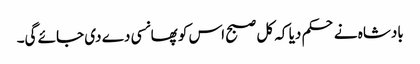
بادشاہ نے حکم دیا کہ کل صبح اس کو پھانسی دے دی جائے گی۔